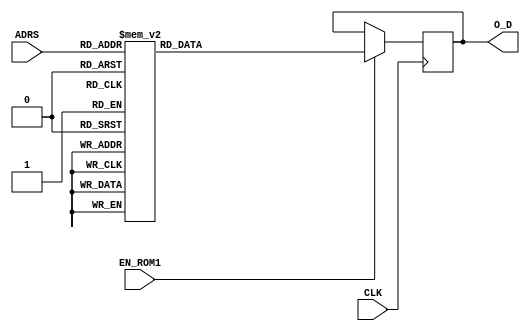
module LUT_SHIFT #(parameter P = 32, parameter D = 5) ( 

input wire CLK, 
input wire EN_ROM1,
input wire [D-1:0] ADRS,
output reg [P-1:0] O_D
);
   
always @(posedge CLK)
      if (EN_ROM1)
         case (ADRS)
            5'b00000: O_D <= 32'b00111111011111110000000000000000;//1-2^(-6-2)
            5'b00001: O_D <= 32'b00111111011111100000000000000000;//1-2^(-5-2)
            5'b00010: O_D <= 32'b00111111011111000000000000000000;//1-2^(-4-2)   
            5'b00011: O_D <= 32'b00111111011110000000000000000000;//1-2^(-3-2) 
            5'b00100: O_D <= 32'b00111111011100000000000000000000;//1-2^(-2-2) 
            5'b00101: O_D <= 32'b00111111011000000000000000000000;//1-2^(-1-2) 
            5'b00110: O_D <= 32'b00111111010000000000000000000000;//1-2^(-0-2) 
            5'b00111: O_D <= 32'b00111111000000000000000000000000;//2^(-1) 
            5'b01000: O_D <= 32'b00111110100000000000000000000000;//2^(-2) 
            5'b01001: O_D <= 32'b00111110000000000000000000000000;//2^(-3) 
            5'b01010: O_D <= 32'b00111101100000000000000000000000;//2^(-4) 
            5'b01011: O_D <= 32'b00111101100000000000000000000000;//2^(-4) 
            5'b01100: O_D <= 32'b00111101000000000000000000000000;//2^(-5) 
            5'b01101: O_D <= 32'b00111100100000000000000000000000;//2^(-6) 
            5'b01110: O_D <= 32'b00111100000000000000000000000000;//2^(-7) 
            5'b01111: O_D <= 32'b00111100000000000000000000000000;//2^(-7) 
            5'b10000: O_D <= 32'b00111011100000000000000000000000;//2^(-8) 
            5'b10001: O_D <= 32'b00111011000000000000000000000000;//2^(-9) 
            5'b10010: O_D <= 32'b00111010100000000000000000000000;//2^(-10) 
            5'b10011: O_D <= 32'b00111010000000000000000000000000;//2^(-11) 
            5'b10100: O_D <= 32'b00111010000000000000000000000000;//2^(-11) 
            5'b10101: O_D <= 32'b00111001100000000000000000000000;//2^(-12) 
            5'b10110: O_D <= 32'b00111001000000000000000000000000;//2^(-13) 
            5'b10111: O_D <= 32'b00111000011111111111111111111110;//2^(-14) 
            5'b11000: O_D <= 32'b00111000011111111111111111111110;//2^(-14) 
            5'b11001: O_D <= 32'b00110111111111111111111111111100;//2^(-15) 
            5'b11010: O_D <= 32'b00110111011111111111111111110110;//2^(-16) 
            5'b11011: O_D <= 32'b00110111011111111111111111110110;//2^(-16) 
            5'b11100: O_D <= 32'b00110110111111111111111111110110;//2^(-17) 
            5'b11101: O_D <= 32'b00110110011111111111111111100000;//2^(-18) 
            5'b11110: O_D <= 32'b00110110011111111111111111100000;//2^(-18) 
            5'b11111: O_D <= 32'b00110101111111111111111110110100;//2^(-19) 
            default:  O_D <= 32'b00000000000000000000000000000000;
        endcase
        
endmodule